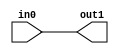
`timescale 1ns/1ns

module wire0(
    input in0,
    output out1
);
assign out1=in0;
endmodule